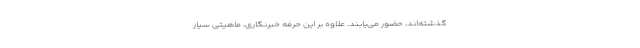
گذشته‌اند، حضور می‌یابند.‌ علاوه بر این حرفه خبرنگاری، ماهیتی سیار